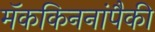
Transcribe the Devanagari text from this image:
मॅककिननांपैकी